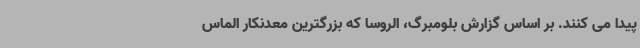
پیدا می کنند. بر اساس گزارش بلومبرگ، الروسا که بزرگترین معدنکار الماس